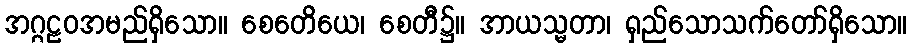
အဂ္ဂဠဝအမည်ရှိသော။ စေတေိယေ၊ စေတီ၌။ အာယသ္မတာ၊ ရှည်သောသက်တော်ရှိသော။